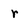
Character: r